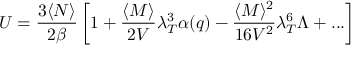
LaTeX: U = \frac { 3 \langle N \rangle } { 2 \beta } \left[ 1 + \frac { \langle M \rangle } { 2 V } \lambda _ { T } ^ { 3 } \alpha ( q ) - \frac { \langle M \rangle ^ { 2 } } { 1 6 V ^ { 2 } } \lambda _ { T } ^ { 6 } \Lambda + . . . \right]